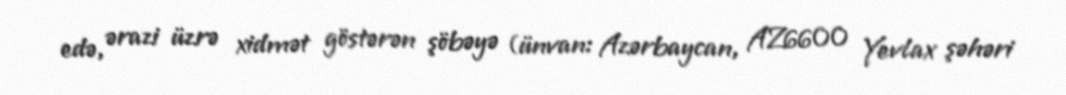
edə, ərazi üzrə xidmət göstərən şöbəyə (ünvan: Azərbaycan, AZ6600 Yevlax şəhəri